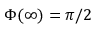
\Phi ( \infty ) = \pi / 2